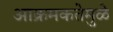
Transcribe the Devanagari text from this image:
आक्रमकतेमुळे